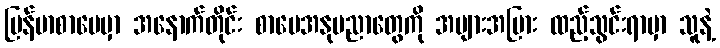
မြန်မာစာပေမှာ အနောက်တိုင်း စာပေအနုပညာတွေကို အများအပြား ထည့်သွင်းရာမှာ သူနဲ့